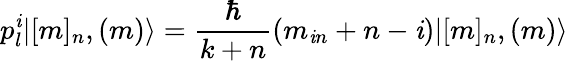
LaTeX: p_{l}^{\mathit{i}}|[m]_{n},(m)\rangle=\frac{{\hbar}}{{k+n}}(m_{\mathit{i}n}+n-\mathit{i})|[m]_{n},(m)\rangle